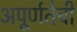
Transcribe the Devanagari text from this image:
अपूर्णतेची